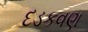
દડકવણ